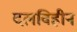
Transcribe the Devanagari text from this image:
दलविहीन